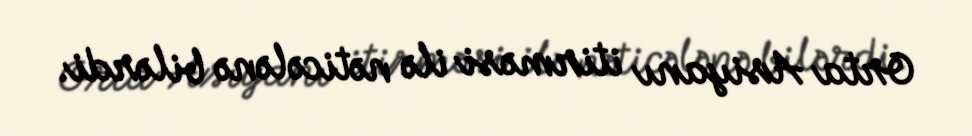
Orta Asiyanı itirməsi ilə nəticələnə bilərdi.